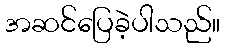
အဆင်ပြေခဲ့ပါသည်။